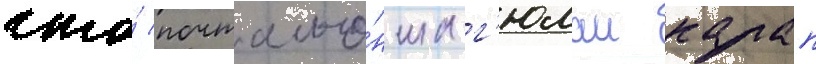
что́ почтальо́нша г'юлаи калап